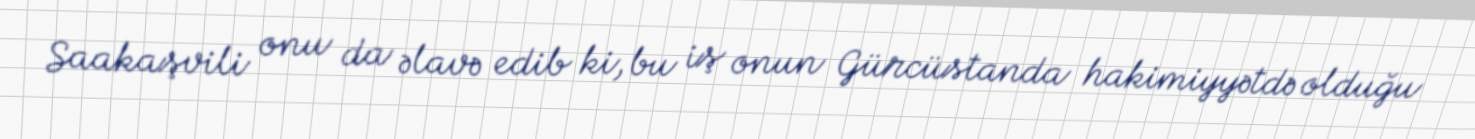
Saakaşvili onu da əlavə edib ki, bu iş onun Gürcüstanda hakimiyyətdə olduğu